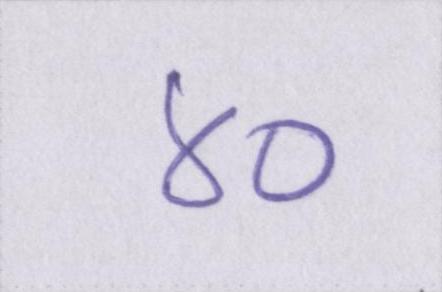
४०